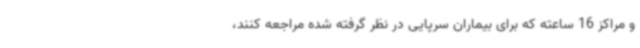
و مراکز 16 ساعته که برای بیماران سرپایی در نظر گرفته شده مراجعه کنند،